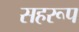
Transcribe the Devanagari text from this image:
सहरूप